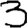
Digit: 3